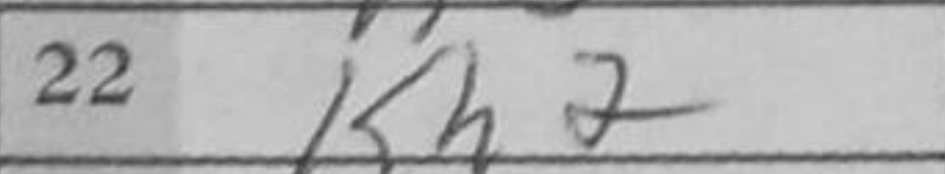
Transcription: Kh2